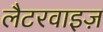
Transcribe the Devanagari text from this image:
लैटरवाइज़